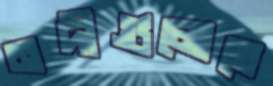
নদীগুলোতে